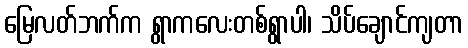
မြေလတ်ဘက်က ရွာကလေးတစ်ရွာပါ၊ သိပ်ချောင်ကျတာ